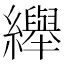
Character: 𦇙